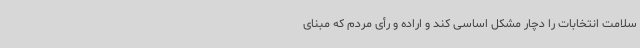
سلامت انتخابات را دچار مشکل اساسی کند و اراده و رأی مردم که مبنای